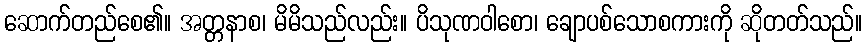
ဆောက်တည်စေ၏။ အတ္တနာစ၊ မိမိသည်လည်း။ ပိသုဏဝါစော၊ ချောပစ်သောစကားကို ဆိုတတ်သည်။